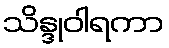
သိန္ဒုဝါရကာ